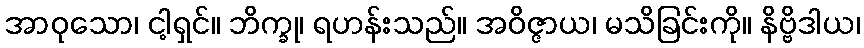
အာဝုသော၊ ငါ့ရှင်။ ဘိက္ခု၊ ရဟန်းသည်။ အဝိဇ္ဇာယ၊ မသိခြင်းကို။ နိဗ္ဗိဒါယ၊